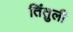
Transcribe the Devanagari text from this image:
तिंतुली